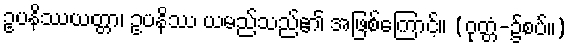
ဥပနိဿယတ္တာ၊ ဥပနိဿ ယမည်သည်၏ အဖြစ်ကြောင့်။ (ဝုတ္တံ-၌စပ်။)